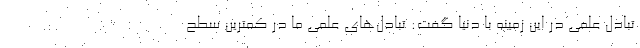
تبادل علمی در این زمینه با دنیا گفت: تبادل‌های علمی ما در کمترین سطح